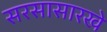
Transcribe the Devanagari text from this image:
सरसासारखे